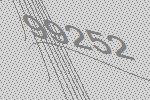
99252